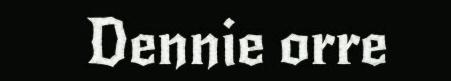
Dennie orre